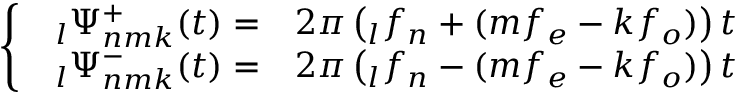
\left\{ \begin{array} { l } { \begin{array} { r l } { \phantom { } _ { l } \Psi _ { n m k } ^ { + } ( t ) = } & { { } 2 \pi \left( \phantom { } _ { l } f _ { n } + ( m f _ { e } - k f _ { o } ) \right) t } \end{array} } \\ { \begin{array} { r l } { \phantom { } _ { l } \Psi _ { n m k } ^ { - } ( t ) = } & { { } 2 \pi \left( \phantom { } _ { l } f _ { n } - ( m f _ { e } - k f _ { o } ) \right) t } \end{array} } \end{array} \right.